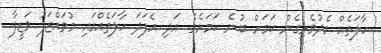
ހާލަތެއް މެދުވެރިގެން ކަމަށް ބުނެ ކަމަށެވެ. އަދި އެފަދަ ހާލަތެއްގައި މުވައްޒަފު ވަޒީފާ